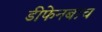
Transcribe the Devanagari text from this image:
डीफेनबाच